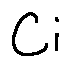
C i